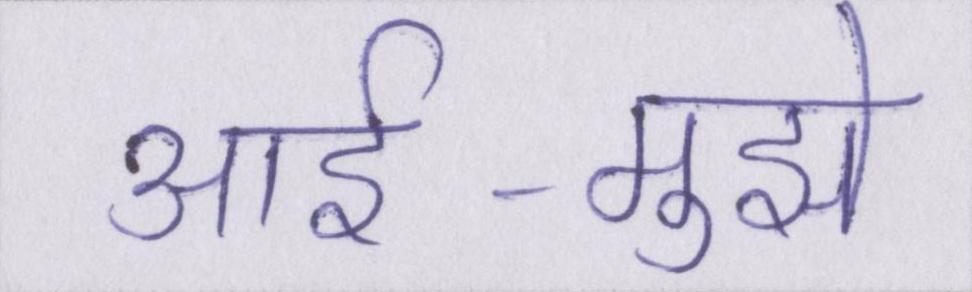
आर्इ-मुझे